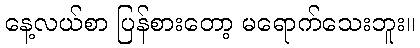
နေ့လယ်စာ ပြန်စားတော့ မရောက်သေးဘူး။